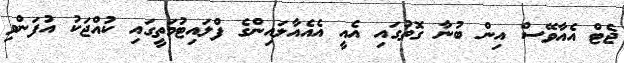
ޖެޓް އެއާވޭސް އިން ބުނާ ގޮތުގައި އެއީ އެއެއާލައިންގެ ފްލައިޓުމަތީގައި ކުއްޖަކު އުފަންވި